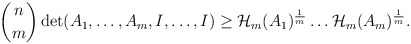
\begin{align*}\begin{aligned}\binom{n}{m}\det(A_1,\dots,A_m,I,\dots,I)\geq \mathcal{H}_m(A_1)^{\frac{1}{m}}\dots \mathcal{H}_m(A_m)^{\frac{1}{m}}.\end{aligned}\end{align*}